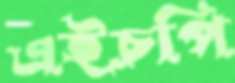
এইচপি